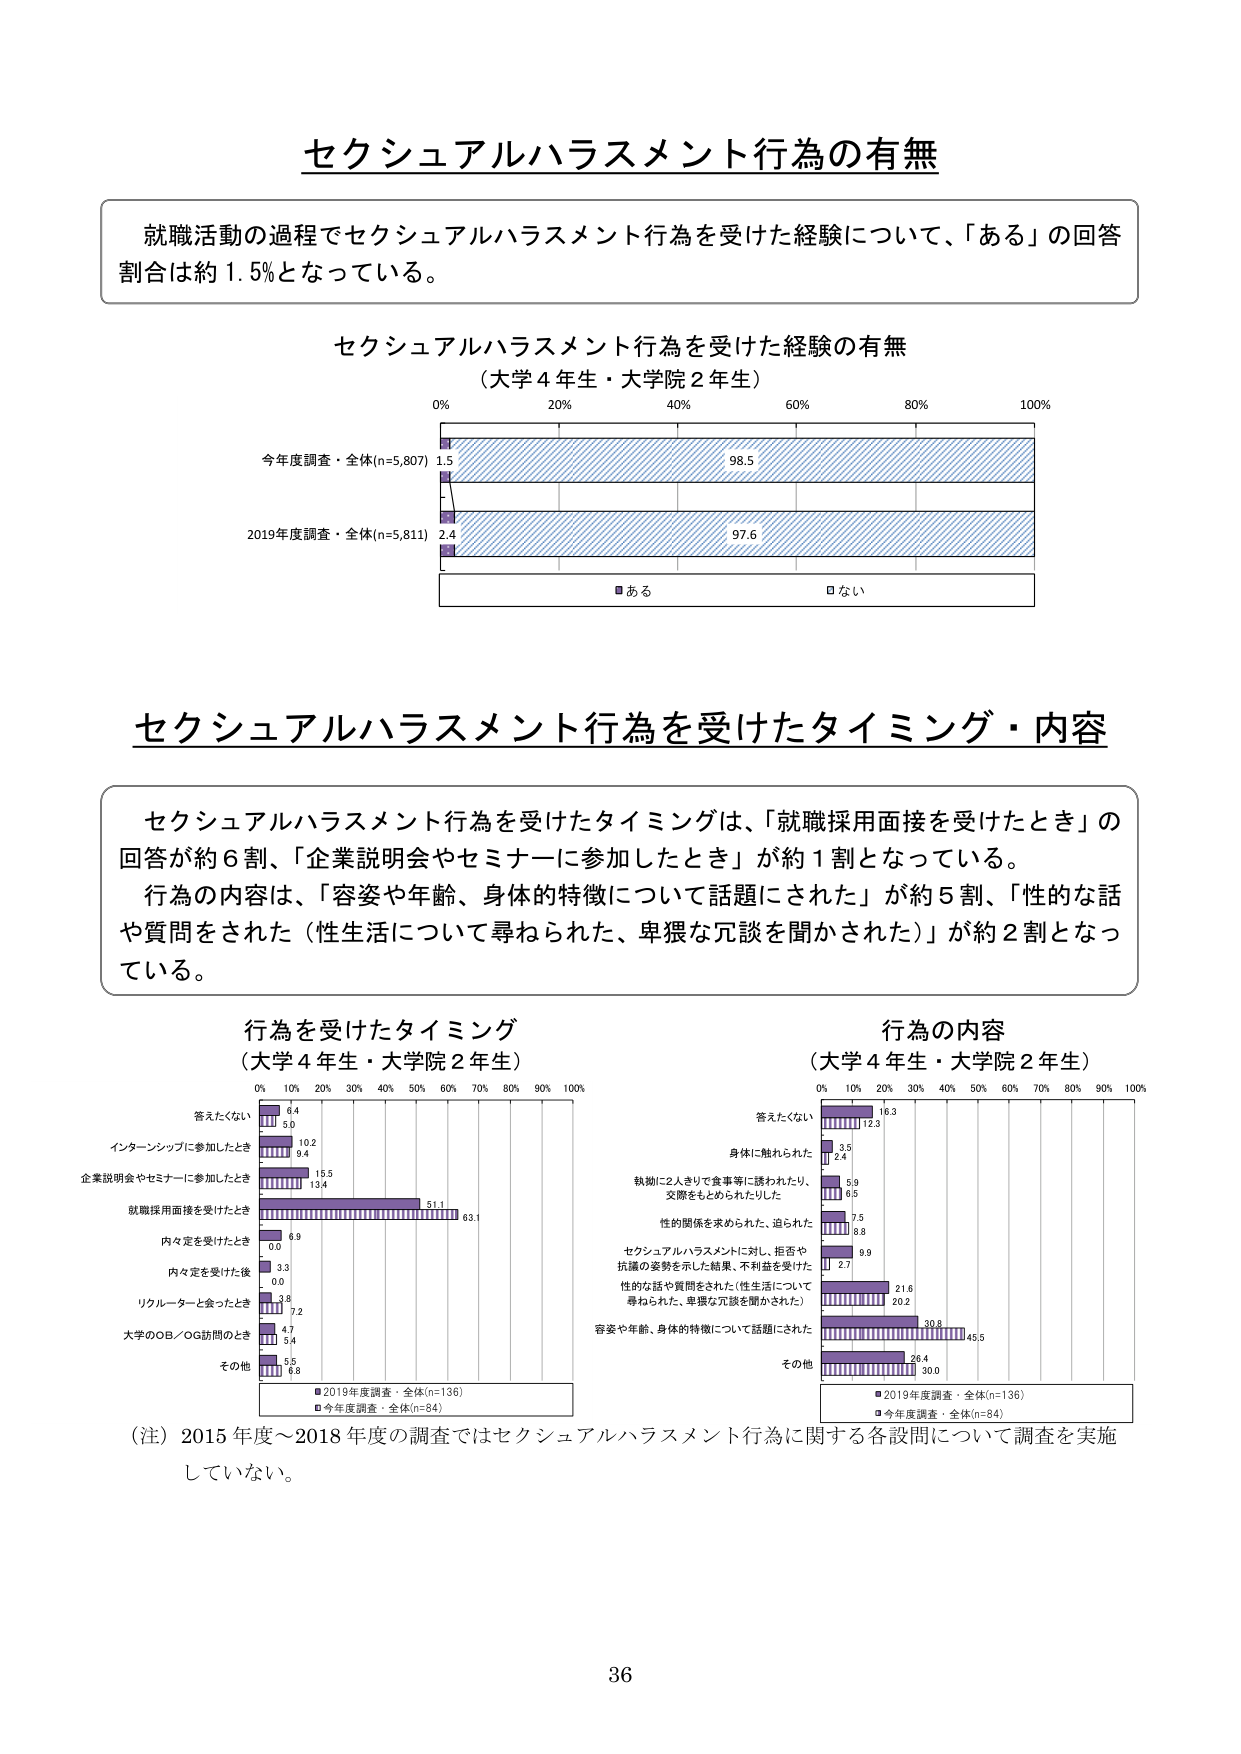
セクシュアルハラスメント行為の有無

就職活動の過程でセクシュアルハラスメント行為を受けた経験について、「ある」の回答割合は約1.5%となっている。

セクシュアルハラスメント行為を受けた経験の有無
（大学4年生・大学院2年生）

0% 20% 40% 60% 80% 100%

今年度調査・全体(n=5,807) 1.5 98.5
2019年度調査・全体(n=5,811) 2.4 97.6

■ある □ない

セクシュアルハラスメント行為を受けたタイミング・内容

セクシュアルハラスメント行為を受けたタイミングは、「就職採用面接を受けたとき」の回答が約6割、「企業説明会やセミナーに参加したとき」が約1割となっている。
行為の内容は、「容姿や年齢、身体的特徴について話題にされた」が約5割、「性的な話や質問をされた（性生活について尋ねられた、卑猥な冗談を聞かされた）」が約2割となっている。

行為を受けたタイミング
（大学4年生・大学院2年生）

0% 10% 20% 30% 40% 50% 60% 70% 80% 90% 100%

答えたくない 6.4 5.0
インターンシップに参加したとき 10.2 9.4
企業説明会やセミナーに参加したとき 15.5 13.4
就職採用面接を受けたとき 51.1 63.1
内々定を受けたとき 6.9 0.0
内々定を受けた後 3.3 0.0
リクルーターと会ったとき 3.6 7.2
大学のOB／OG訪問のとき 4.7 5.4
その他 5.5 8.8

■2019年度調査・全体(n=136)
■今年度調査・全体(n=84)

行為の内容
（大学4年生・大学院2年生）

0% 10% 20% 30% 40% 50% 60% 70% 80% 90% 100%

答えたくない 16.3 12.3
身体に触られた 3.5 2.4
執拗に2人きりで食事等に誘われたり、交際をもとめられたりした 5.9 6.5
性的関係を求められた、迫られた 7.5 8.8
セクシュアルハラスメントに対し、拒否や抗議の姿勢を示した結果、不利益を受けた 9.9 2.7
性的な話や質問をされた（性生活について尋ねられた、卑猥な冗談を聞かされた） 21.6 20.2
容姿や年齢、身体的特徴について話題にされた 30.8 45.5
その他 26.4 20.0

■2019年度調査・全体(n=136)
■今年度調査・全体(n=84)

（注）2015年度～2018年度の調査ではセクシュアルハラスメント行為に関する各設問について調査を実施していない。

36